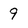
Character: 9